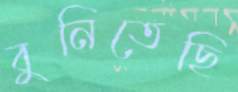
বুনিতেছি